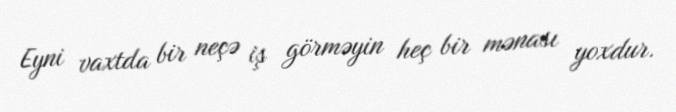
Eyni vaxtda bir neçə iş görməyin heç bir mənası yoxdur.